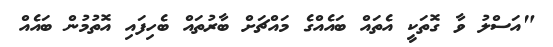
"އަސްލު ވާ ގޮތަކީ އެތައް ބައެއްގެ މައްޗަށް ބާރުތައް ބެހިފައި އޮތުމުން ބައެއް